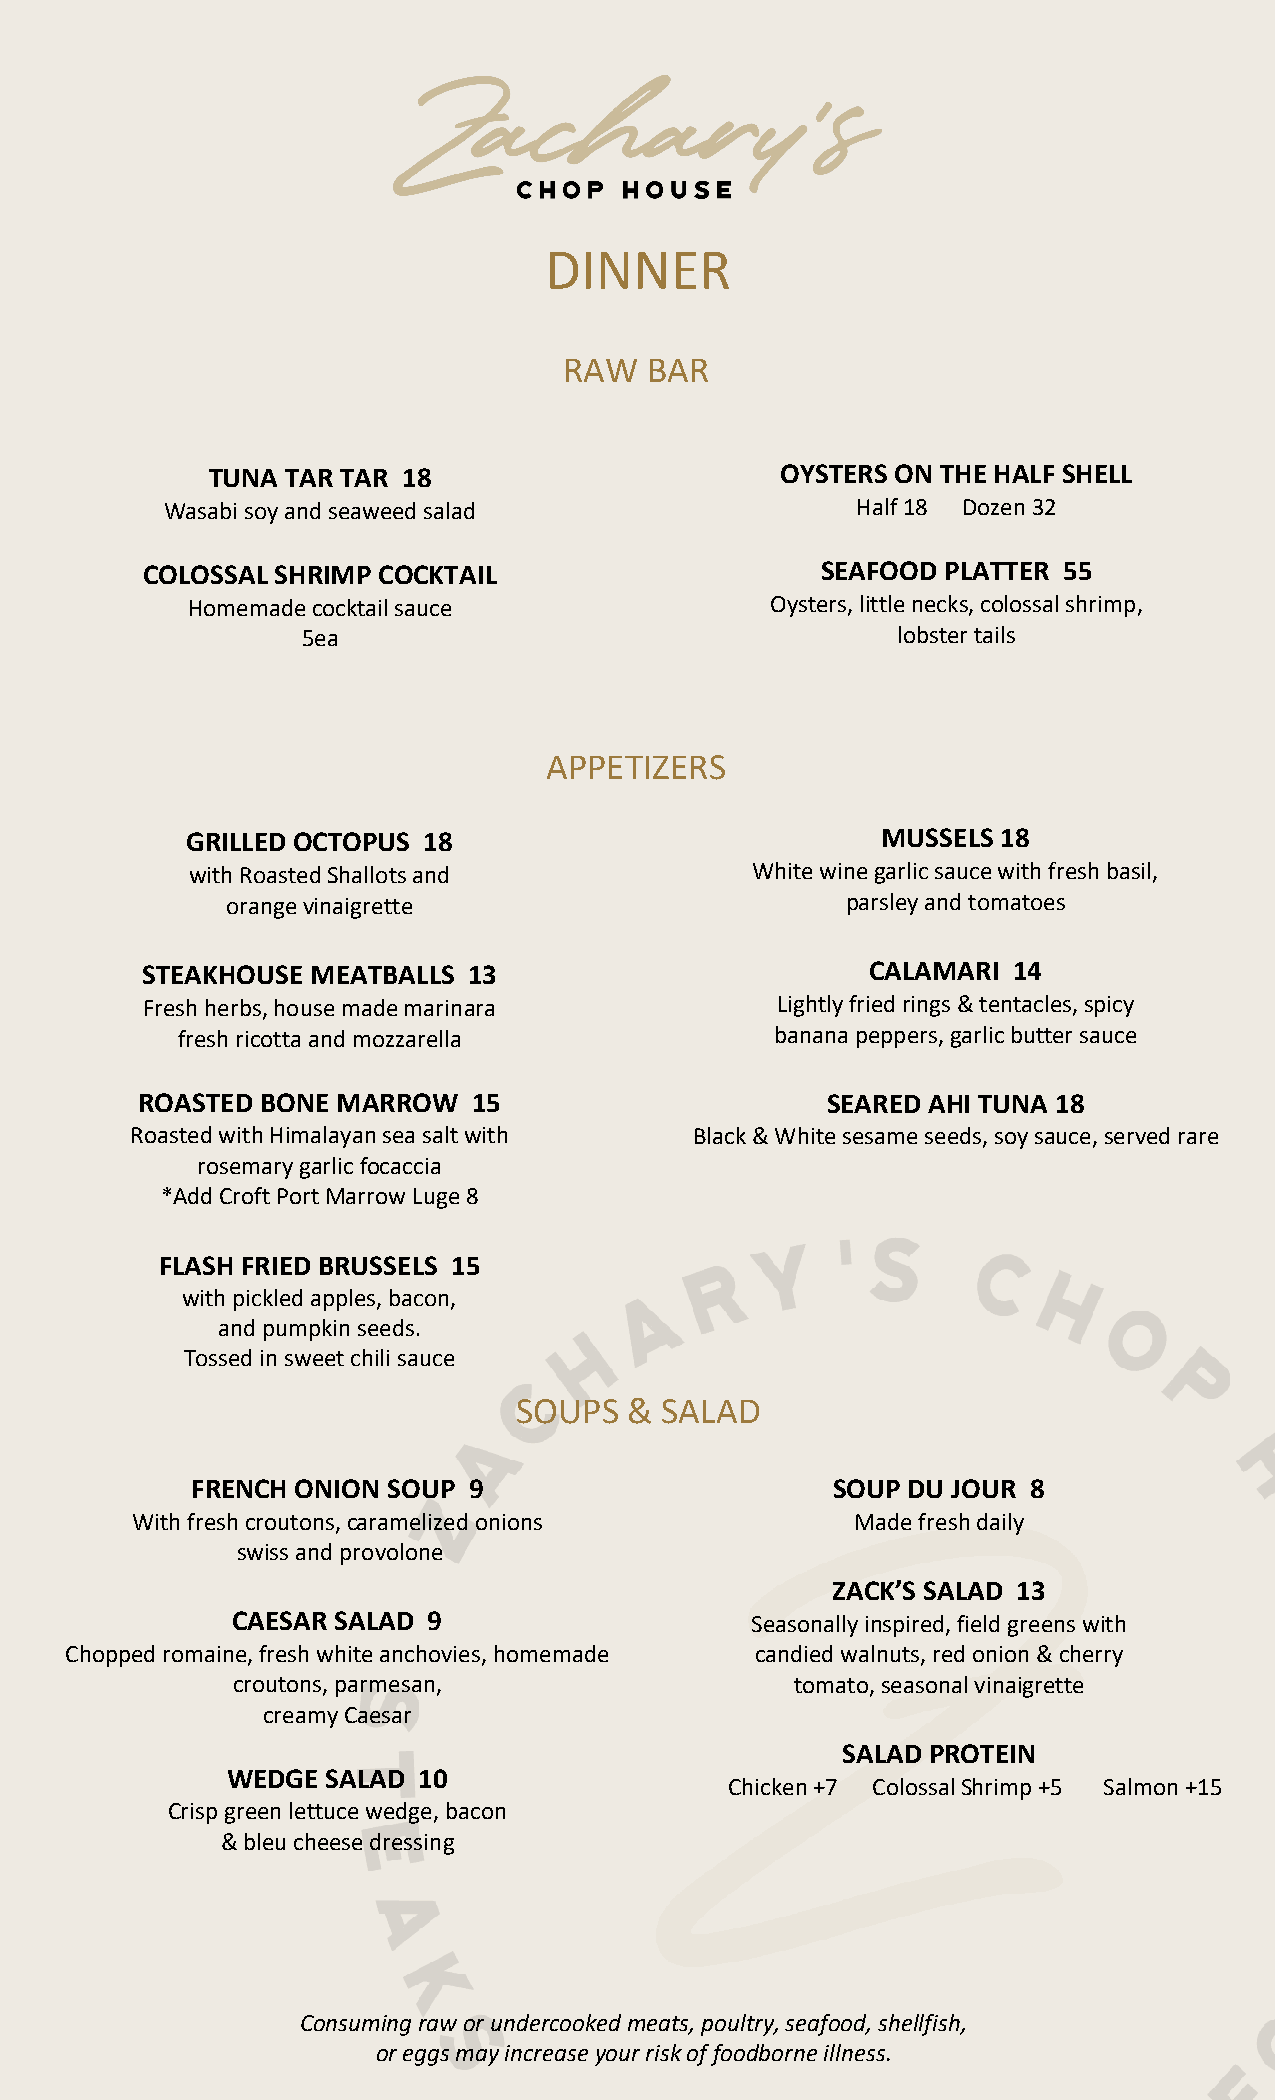
DINNER
 RAW   BAR
 TUNA TAR TAR 18                       OYSTERS ON THE HALF SHELL
 Wasabi soy and seaweed salad                  Half 18 Dozen 32
 COLOSSAL SHRIMP COCKTAIL                     SEAFOOD  PLATTER 55
 Homemade cocktail sauce                Oysters, little necks, colossal shrimp,
 5ea                                    lobster tails
 APPETIZERS
 GRILLED OCTOPUS 18                            MUSSELS 18
 with Roasted Shallots and             White wine garlic sauce with fresh basil,
 orange vinaigrette                       parsley and tomatoes
 STEAKHOUSE  MEATBALLS 13                         CALAMARI 14
 Fresh herbs, house made marinara          Lightly fried rings & tentacles, spicy
 fresh ricotta and mozzarella           banana peppers, garlic butter sauce
 ROASTED BONE MARROW   15                      SEARED AHI TUNA 18
 Roasted with Himalayan sea salt with Black & White sesame seeds, soy sauce, served rare
 rosemary garlic focaccia
 *Add Croft Port Marrow Luge 8
 FLASH FRIED BRUSSELS 15
 with pickled apples, bacon,
 and pumpkin seeds.
 Tossed in sweet chili sauce
 SOUPS   & SALAD
 FRENCH ONION SOUP 9                       SOUP DU JOUR 8
 With fresh croutons, caramelized onions         Made fresh daily
 swiss and provolone
 ZACK’S SALAD 13
 CAESAR SALAD 9                     Seasonally inspired, field greens with
 Chopped romaine, fresh white anchovies, homemade candied walnuts, red onion & cherry
 croutons, parmesan,                   tomato, seasonal vinaigrette
 creamy Caesar
 SALAD PROTEIN
 WEDGE  SALAD 10
 Chicken +7 Colossal Shrimp +5 Salmon +15
 Crisp green lettuce wedge, bacon
 & bleu cheese dressing
 Consuming raw or undercooked meats, poultry, seafood, shellfish,
 or eggs may increase your risk of foodborne illness.